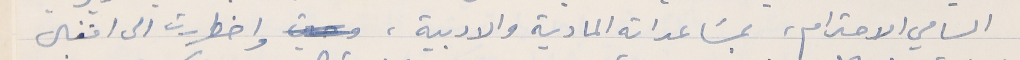
السامي الاحترام، بمسَاعداته المادية والادبية، واضطررت الى اقفال